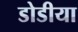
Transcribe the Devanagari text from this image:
डोडीया